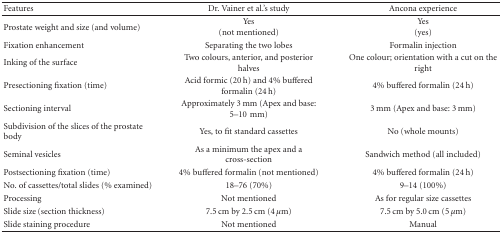
| Features | Dr. Vainer et al.'s study | Ancona experience |
 | --- | --- | --- |
 | Prostate weight and size (and volume) | Yes (not mentioned) | Yes(yes) |
 | Fixation enhancement | Separating the two lobes | Formalin injection |
 | Inking of the surface | Two colours, anterior, and posterior halves | One colour; orientation with a cut on the right |
 | Presectioning fixation (time) | Acid formic (20 h) and 4% buffered formalin (24 h) | 4% buffered formalin (24 h) |
 | Sectioning interval | Approximately 3 mm (Apex and base: 5–10mm) | 3 mm (Apex and base: 3 mm) |
 | Subdivision of the slices of the prostate body | Yes, to fit standard cassettes | No (whole mounts) |
 | Seminal vesicles | As a minimum the apex and a cross-section | Sandwich method (all included) |
 | Postsectioning fixation (time) | 4% buffered formalin (not mentioned) | 4% buffered formalin (24 h) |
 | No. of cassettes/total slides (% examined) | 18–76 (70%) | 9–14 (100%) |
 | Processing | Not mentioned | As for regular size cassettes |
 | Slide size (section thickness) | 7.5 cm by 2.5 cm (4 μm) | 7.5 cm by 5.0 cm (5 μm) |
 | Slide staining procedure | Not mentioned | Manual |